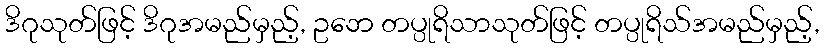
ဒိဂုသုတ်ဖြင့် ဒိဂုအမည်မှည့်, ဥဘေ တပ္ပုရိသာသုတ်ဖြင့် တပ္ပုရိသ်အမည်မှည့်,